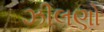
ઝીલણો